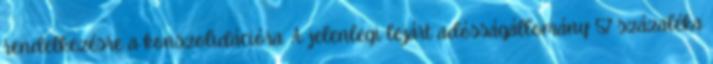
rendelkezésre a konszolidációra. A jelenlegi lejárt adósságállomány 57 százaléka